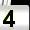
Digit: 4